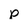
Character: p